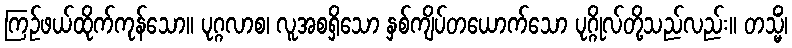
ကြဉ်ဖယ်ထိုက်ကုန်သော။ ပုဂ္ဂလာစ၊ လူအစရှိသော နှစ်ကျိပ်တယောက်သော ပုဂ္ဂိုလ်တို့သည်လည်း။ တသ္မိံ၊